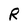
Character: R